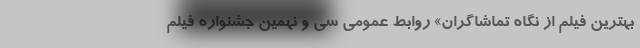
بهترین فیلم از نگاه تماشاگران» روابط عمومی سی و نهمین جشنواره فیلم